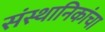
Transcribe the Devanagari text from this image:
संस्थानिकांचा